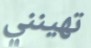
تهينني